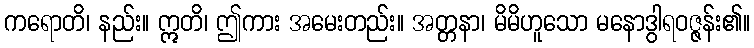
ကရောတိ၊ နည်း။ ဣတိ၊ ဤကား အမေးတည်း။ အတ္တနာ၊ မိမိဟူသော မနောဒွါရဝဇ္ဇန်း၏။